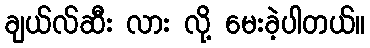
ချယ်လ်ဆီး လား လို့ မေးခဲ့ပါတယ်။